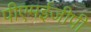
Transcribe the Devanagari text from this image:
पीएमईजीपी